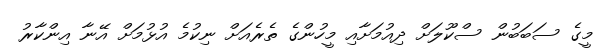
މީގެ ސަބަބުން ސްކޫލަށް ދިއުމަށާއި މީހުންގެ ތެރެއަށް ނިކުމެ އުޅުމަށް އޭނާ އިންކާރު